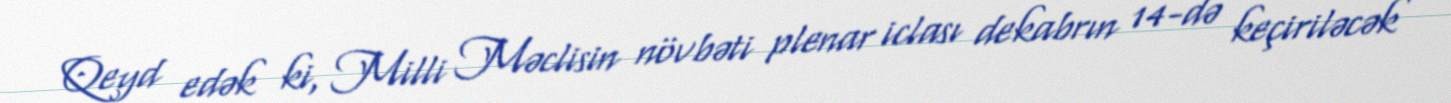
Qeyd edək ki, Milli Məclisin növbəti plenar iclası dekabrın 14-də keçiriləcək